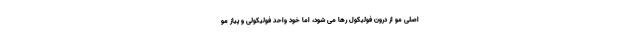
اصلی مو از درون فولیکول رها می شود، اما خود واحد فولیکولی و پیاز مو